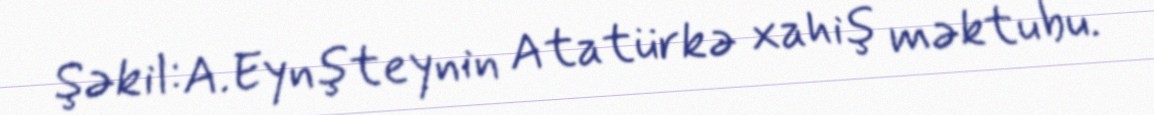
Şəkil:A.Eynşteynin Atatürkə xahiş məktubu.